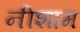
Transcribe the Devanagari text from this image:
नीशाम